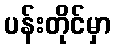
ပန်းတိုင်မှာ